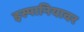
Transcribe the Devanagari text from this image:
इस्पानियावर